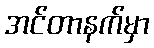
အင်တာနက်မှာ